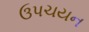
ઉપચયન